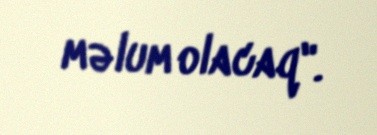
məlum olacaq".